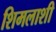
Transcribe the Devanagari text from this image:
शिमलाशी